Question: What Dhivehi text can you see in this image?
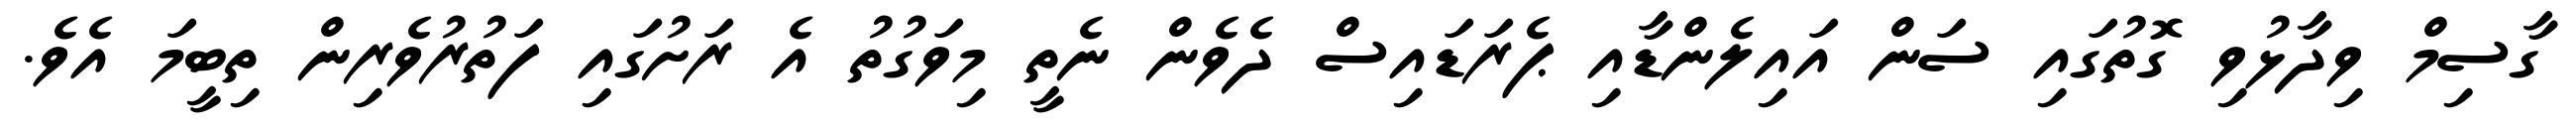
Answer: ގާސިމް ވިދާޅުވި ގޮތުގައި ސަން އައިލެންޑާއި ޕެރަޑައިސް ދެވެން ނެތީ މިވަގުތު އެ ރަށުގައި ފަތުރުވެރިން ތިބީމަ އެވެ.